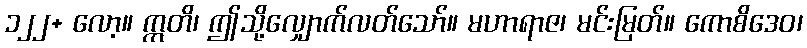
၁၂၂+ လော့။ ဣတိ၊ ဤသို့လျှောက်လတ်သော်။ မဟာရာဇ၊ မင်းမြတ်။ ကောစိဒေဝ၊